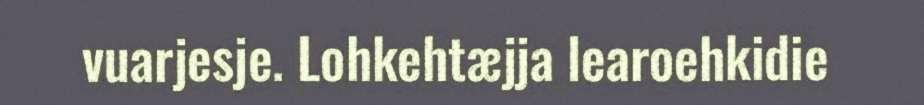
vuarjesje. Lohkehtæjja learoehkidie